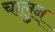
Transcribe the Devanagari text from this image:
चालुन्